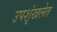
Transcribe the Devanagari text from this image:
उपशृंखलेत